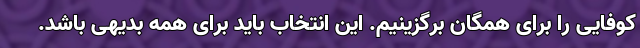
کوفایی را برای همگان برگزینیم. این انتخاب باید برای همه بدیهی باشد.